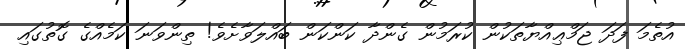
އުތެމަ ފަދަ ޖަމްޢިއްޔާތަކުން ކުރަމުން ގެންދާ ކަންކަން ބައްލަވާށެވެ! ތިންވަނަ ކަމެއްގެ ގޮތުގައި